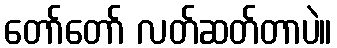
တော်တော် လတ်ဆတ်တာပဲ။